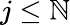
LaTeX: j\leq\mathbb{N}